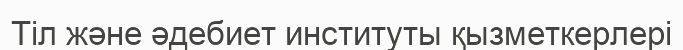
Тіл және әдебиет институты қызметкерлері